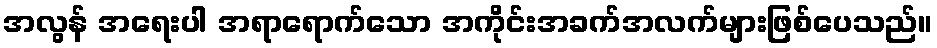
အလွန် အရေးပါ အရာရောက်သော အကိုင်းအခက်အလက်များဖြစ်ပေသည်။